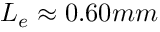
L _ { e } \approx 0 . 6 0 m m